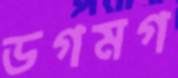
ডগমগ